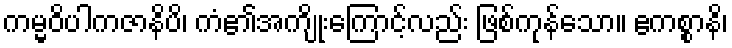
ကမ္မဝိပါကဇာနိပိ၊ ကံ၏အကျိုးကြောင့်လည်း ဖြစ်ကုန်သော။ ဧကစ္စာနိ၊